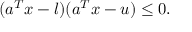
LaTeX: ( a ^ { T } x - l ) ( a ^ { T } x - u ) \leq 0 .